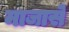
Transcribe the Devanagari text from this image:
माजासे